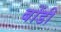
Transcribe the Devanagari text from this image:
बोंडी